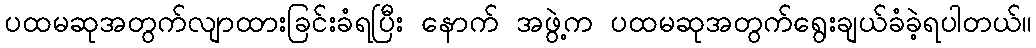
ပထမဆုအတွက်လျာထားခြင်းခံရပြီး နောက် အဖွဲ့က ပထမဆုအတွက်ရွေးချယ်ခံခဲ့ရပါတယ်။